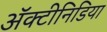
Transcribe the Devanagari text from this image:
अॅक्टीनिडिया